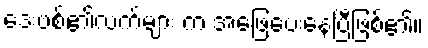
ဒေးဗစ်၏လက်များ က အဖြေပေးနေပြီဖြစ်၏။